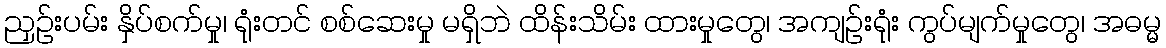
ညှဉ်းပမ်း နှိပ်စက်မှု၊ ရုံးတင် စစ်ဆေးမှု မရှိဘဲ ထိန်းသိမ်း ထားမှုတွေ၊ အကျဉ်းရုံး ကွပ်မျက်မှုတွေ၊ အဓမ္မ